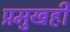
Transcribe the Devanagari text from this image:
प्रमुखही